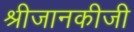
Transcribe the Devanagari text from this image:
श्रीजानकीजी